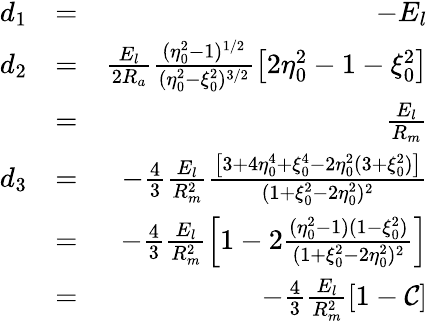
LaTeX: \begin{array}{rlr}{d_{1}}&{=}&{-E_{l}}\\ {d_{2}}&{=}&{\frac{E_{l}}{2R_{a}}\frac{(\eta_{0}^{2}-1)^{1/2}}{(\eta_{0}^{2}-\xi_{0}^{2})^{3/2}}\left[2\eta_{0}^{2}-1-\xi_{0}^{2}\right]}\\ &{=}&{\frac{E_{l}}{R_{m}}}\\ {d_{3}}&{=}&{-\frac{4}{3}\frac{E_{l}}{R_{m}^{2}}\frac{\left[3+4\eta_{0}^{4}+\xi_{0}^{4}-2\eta_{0}^{2}(3+\xi_{0}^{2})\right]}{(1+\xi_{0}^{2}-2\eta_{0}^{2})^{2}}}\\ &{=}&{-\frac{4}{3}\frac{E_{l}}{R_{m}^{2}}\left[1-2\frac{(\eta_{0}^{2}-1)(1-\xi_{0}^{2})}{(1+\xi_{0}^{2}-2\eta_{0}^{2})^{2}}\right]}\\ &{=}&{-\frac{4}{3}\frac{E_{l}}{R_{m}^{2}}\left[1-\cal{C}\right]}\end{array}